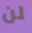
لن